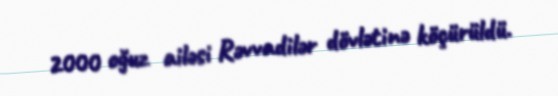
2000 oğuz ailəsi Rəvvadilər dövlətinə köçürüldü.